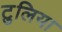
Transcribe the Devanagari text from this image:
टुलिया